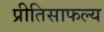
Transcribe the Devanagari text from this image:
प्रीतिसाफल्य